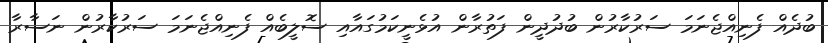
ބުދެއް ފެނިއްޖެނަމަ ސަރުކާރުން ބުދުދީން ފަތުރާން އުޅެނީކަމުގައާއި ސޮލީބެއް ފެނިއްޖެނަމަ ސަރުކާރުން ނަސާރާ